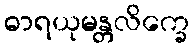
ဓာရယုမန္တလိက္ခေ